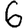
Digit: 6